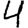
Digit: 4